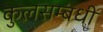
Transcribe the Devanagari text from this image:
कुलसम्बंधी